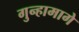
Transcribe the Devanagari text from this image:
गुन्हामागे